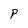
Character: P